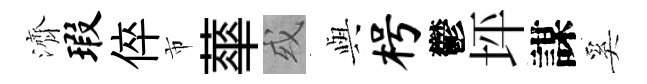
濟瑕倅市蕐或𫤰枵鬱坪謀奚